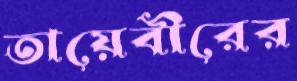
তায়েবীরের